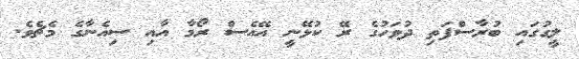
ލީގުގައި ބުރާސްފަތި ދުވަހުގެ ރޭ ކުޅޭނީ އޭއެސް ރޯމާ އާއި ސިއެނާގެ މެޗެވެ.